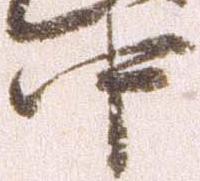
中